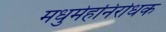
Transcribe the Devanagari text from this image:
मधुमेहनिरोधक